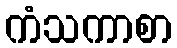
ကံသကာစာ